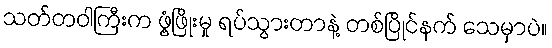
သတ်တဝါကြီးက ဖွံ့ဖြိုးမှု ရပ်သွားတာနဲ့ တစ်ပြိုင်နက် သေမှာပဲ။